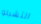
التشيلو